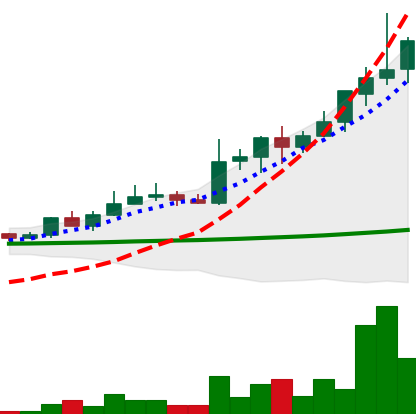
Ticker: LINK-USD
Chart end date: 2019-05-23
Forward return: -5.175%
Label: down_5_7